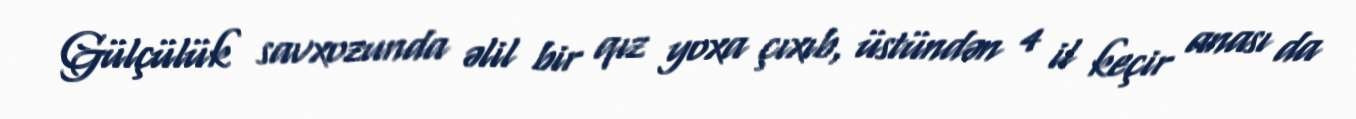
Gülçülük savxozunda əlil bir qız yoxa çıxıb, üstündən 4 il keçir anası da